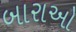
બારાઓ